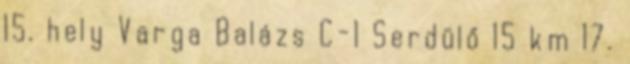
15. hely Varga Balázs C-1 Serdülő 15 km 17.